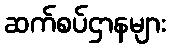
ဆက်စပ်ဌာနများ